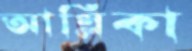
আম্লিকা